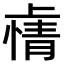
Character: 𫠽